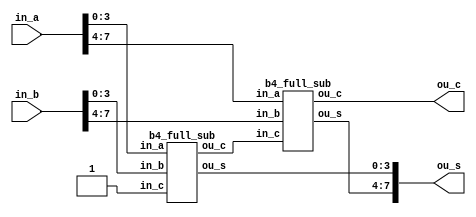
module b8_full_sub(in_a, in_b,ou_c, ou_s);
	input [7:0] in_a, in_b;
	output [7:0] ou_s;
	output ou_c;
	wire cou;
	
	b4_full_sub f8_0({in_a[3], in_a[2], in_a[1], in_a[0]},{in_b[3], in_b[2], in_b[1], in_b[0]}, 1'b1, cou, {ou_s[3], ou_s[2], ou_s[1], ou_s[0]});
	b4_full_sub f8_1({in_a[7], in_a[6], in_a[5], in_a[4]},{in_b[7], in_b[6], in_b[5], in_b[4]}, cou, ou_c, {ou_s[7], ou_s[6], ou_s[5], ou_s[4]});

endmodule

module b4_full_sub(in_a, in_b, in_c, ou_c, ou_s);
	input [3:0] in_a, in_b;
	input in_c;
	output [3:0] ou_s;
	output ou_c;
	wire [3:1] cou;
	
	full_sub f4_0(in_a[0], in_b[0], in_c  , cou[1], ou_s[0]);
	full_sub f4_1(in_a[1], in_b[1], cou[1], cou[2], ou_s[1]);
	full_sub f4_2(in_a[2], in_b[2], cou[2], cou[3], ou_s[2]);
	full_sub f4_3(in_a[3], in_b[3], cou[3],   ou_c, ou_s[3]);
	
endmodule

module full_sub(in_a, in_b, in_c, ou_c, ou_s);
	input in_a, in_b, in_c;
	output ou_c, ou_s;
	wire ou_c, ou_s;
	wire b, in_c;
	
	assign b = ~in_b;
	
	assign ou_s = (in_a^b) ^ (in_c);
	assign ou_c = ((in_a^b)&in_c) | (in_a&b);
	
endmodule